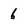
Character: 6